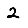
Digit: 2